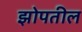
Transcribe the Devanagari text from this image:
झोपतील